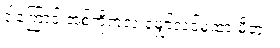
ဒါကြောင့် အစ်ကိုကလဲ မျှော်လင့်မထားမိဘူး။